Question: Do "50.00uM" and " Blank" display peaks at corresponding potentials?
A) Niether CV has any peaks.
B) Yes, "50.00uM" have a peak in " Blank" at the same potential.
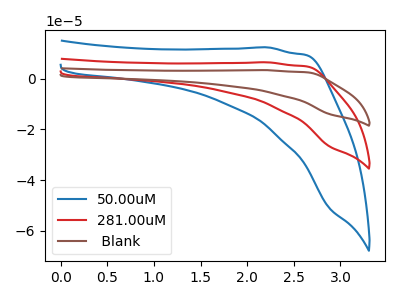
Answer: <think>The blue curve "50.00uM" has no peaks. The red curve "281.00uM" has no peaks. The brown curve " Blank" has no peaks.</think>
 <answer>A) Niether CV has any peaks.</answer>
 <eval>A</eval>